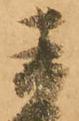
直